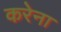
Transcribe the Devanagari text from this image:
करेना